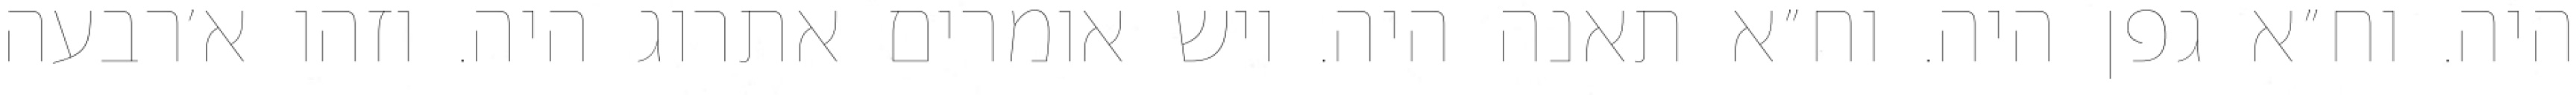
היה. וח״א גפן היה. וח״א תאנה היה. ויש אומרים אתרוג היה. וזהו א׳רבעה